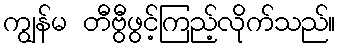
ကျွန်မ တီဗွီဖွင့်ကြည့်လိုက်သည်။